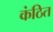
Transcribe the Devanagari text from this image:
कंठित